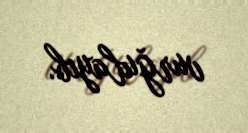
vurğulayıb.